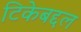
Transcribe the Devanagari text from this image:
टिकेबद्दल